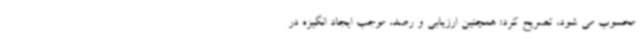
محسوب می شود، تصریح کرد: همچنین ارزیابی و رصد، موجب ایجاد انگیزه در